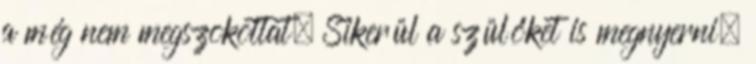
a még nem megszokottat. Sikerül a szülőket is megnyerni,